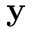
\mathbf { y }